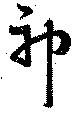
神